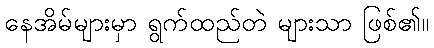
နေအိမ်များမှာ ရွက်ထည်တဲ များသာ ဖြစ်၏။